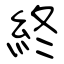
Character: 終